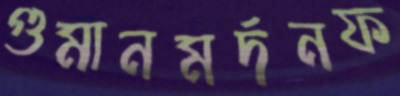
গুমানমর্দনফ